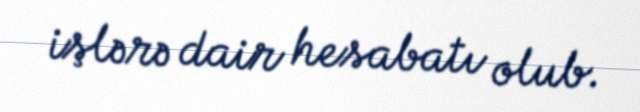
işlərə dair hesabatı olub.